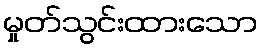
မှုတ်သွင်းထားသော